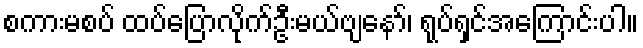
စကားမစပ် ထပ်ပြောလိုက်ဦးမယ်ဗျနော်၊ ရုပ်ရှင်အကြောင်းပါ။